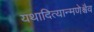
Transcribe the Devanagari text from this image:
यथादित्यान्मणेश्चैव